Vaccination report Assam 1874-1896 - 1874-1896
Year: 1874
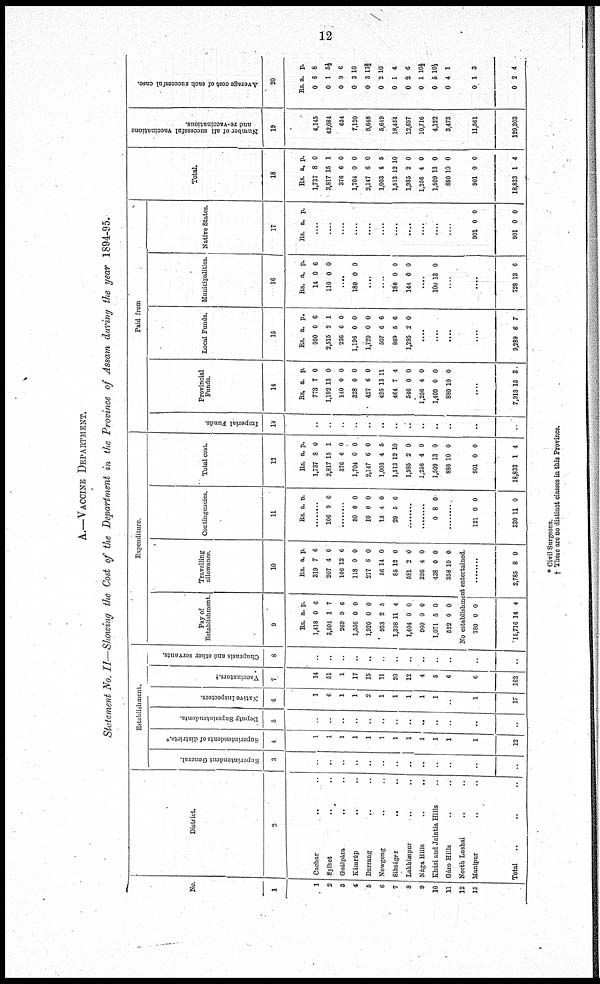
12
A.—VACCINE DEPARTMENT.
Statement No. II—Showing the Cost of the Department in the Province of Assam during the year 1894-95.
No
1
1
2
3
4
5
6
7
8
9
10
11
12
13
District.
2
Cachar
..
..
Sylhet .. ..
Goálpára
..
..
Kámrúp .. ..
Darrang
..
..
Nowgong .. ..
Sibságer .. ..
Lakhimpur .. ..
Nága Hills .. ..
Khási and Jaintia Hills ..
Gáro Hills .. ..
North Lushai .. ..
Manipur .. ..
Total
.. .. ..
Establishment.
Superintendent General.
3
..
..
..
..
..
..
..
..
..
..
..
..
..
Superintendents of districts.*
4
1
1
1
1
1
1
1
1
1
1
1
1
12
Deputy Superintendents.
5
..
..
..
..
..
..
..
..
..
..
..
..
..
Native Inspectors.
6
1
6
1
1
2
1
1
1
1
1
..
1
17
Vaccinators.†
7
14
51
1
17
15
11
20
12
4
5
6
6
162
Chaprasis and other servants.
8
..
..
..
..
..
..
..
..
..
..
..
..
..
Expenditure.
Pay of
Establishment.
9
Rs.
1,418
3,504
269
1,536
1,920
933
1,398
1,404
960
1,071
552
a.
0
1
9
0
0
2
11
0
0
5
0
p.
6
7
6
0
0
5
4
0
0
0
0
Travelling
allowance.
10
Rs.
319
207
106
118
217
56
85
581
296
438
358
a.
7
4
12
0
6
14
12
2
4
0
10
p.
6
0
6
0
0
0
0
0
0
0
0
No establishment entertained.
780
15,716
0
14
0
4
2,785 8 0
Contingencies.
11
Rs. a. p.
........
106 9 6
........
50
10
13
29
0
0
4
5
0
0
0
6
........
........
0 8 0
........
121
330
0
11
0
0
Total cost.
12
Rs.
1,737
3,817
376
1,704
2,147
1,003
1,513
1,985
1,256
1,509
880
a.
8
15
6
0
6
4
12
2
4
13
10
p.
0
1
0
0
0
5
10
0
0
0
0
901
18,833
0
1
0
4
Paid from
Imperial Funds.
13
..
..
..
..
..
..
..
..
..
..
..
..
..
Provincial
Funds.
14
Rs.
773
1,192
140
328
427
495
464
546
1,256
1,409
880
a.
7
13
0
0
6
13
7
0
4
0
10
p.
0
0
0
0
0
11
4
0
0
0
0
....
7,913 13 3
Local Funds.
15
Rs.
950
2,515
236
1,196
1,720
507
869
1,295
a.
0
2
6
0
0
6
5
2
p.
6
1
0
0
0
6
6
0
....
....
....
....
9,289 6 7
Municipalities.
16
Rs.
14
110
a.
0
0
p.
6
0
....
180 0 0
....
....
180
144
0
0
0
0
....
100 13 0
....
....
728 13 6
Native States.
17
Rs. a. p.
....
....
....
....
....
....
....
....
....
....
....
901
901
0
0
0
0
Total.
18
Rs.
1,737
3,817
376
1,704
2,147
1,003
1,513
1,985
1,256
1,509
880
a.
8
15
6
0
6
1
12
2
4
13
10
p.
0
1
0
0
0
5
10
0
0
0
0
901
18,833
0
1
0
4
Number of all successful vaccinations
and re-vaccinations.
19
4,145
42,084
634
7,120
8,648
5,649
18,454
12,697
10,716
4,122
3,473
11,561
129,303
Average cost of each successful case.
20
Rs.
0
0
0
0
0
0
0
0
0
0
0
a.
6
1
9
3
3
2
1
3
1
5
4
p.
8
5½
6
10
11 2/3
10
4
6
10½
10 1/3
1
0
0
1
2
3
4
* Civil Surgeons.
† There are no distirict classes in this Province.